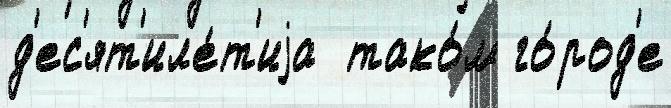
д'ес'ят'ил'е́т'иjа  тако́м го́род'е